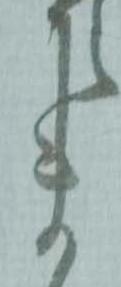
ま